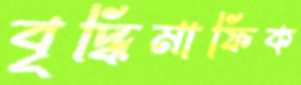
বৃদ্ধিমাফিক